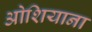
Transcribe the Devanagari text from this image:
ओशियाना